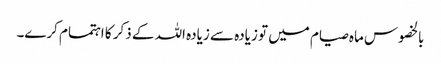
بالخصوس ماہ صیام میں تو زیادہ سے زیادہ اللہ کے ذکر کا اہتمام کرے۔